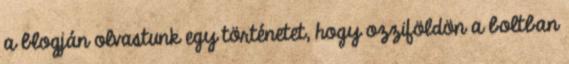
a blogján olvastunk egy történetet, hogy ozziföldön a boltban